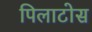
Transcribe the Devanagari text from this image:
पिलाटोस